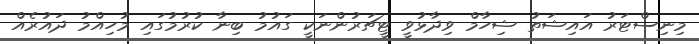
މިނިސްޓަރު އައިޝަތު ޝިހާމް ވިދާޅުވީ ޓީޗަރުންނަކީ ގައުމު ބިނާ ކުރުމުގައި މުހިއްމު ދައުރެއް